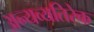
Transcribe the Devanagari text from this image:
अन्यव्यतिरेक